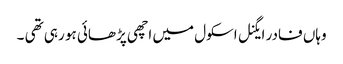
وہاں فادر ایگنل اسکول میں اچھی پڑھائی ہو رہی تھی ۔